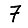
Digit: 7